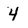
Character: 4